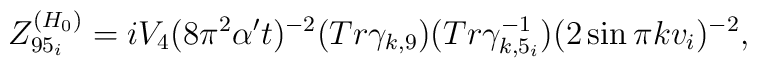
Z^{(H_0)}_{95_i}=                 iV_4(8\pi                   ^2\alpha't)^{-2}(Tr\gamma_{k,9})(Tr\gamma_{k,5_i}^{-1})(2\sin\pi kv_i)^{-2},